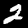
Digit: 2